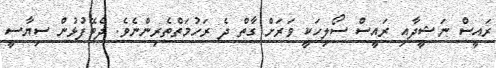
ރައީސް ނަޝީދާއި ރައީސް ސޯލިހަކީ ވަރަށް ގާތް ދެ ރަހުމަތްތެރިންނެވެ. ދެބޭފުޅުން ސިޔާސީ